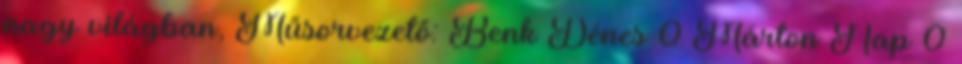
nagy világban, Műsorvezető: Benk Dénes 0 Márton Nap 0